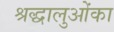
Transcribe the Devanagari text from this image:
श्रद्धालुओंका